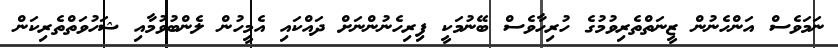
ނަމަވެސް އަންހެނުން ޒީނަތްތެރިވުމުގެ ހުރިހާވެސް ބޭނުމަކީ ފިރިހެނުންނަށް ދައްކައި އެމީހުން ލެންބުވުމާއި ޝަހުވަތްތެރިކަން